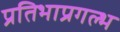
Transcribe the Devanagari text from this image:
प्रतिभाप्रगल्भ